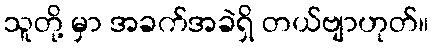
သူတို့ မှာ အခက်အခဲရှိ တယ်ဗျာဟုတ်။